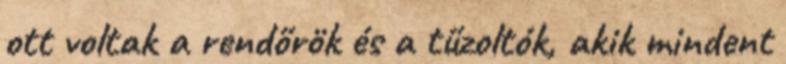
ott voltak a rendőrök és a tűzoltók, akik mindent